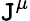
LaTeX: \mathtt{J}^{\mu}